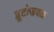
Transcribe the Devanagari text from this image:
प्लूटोजवळ